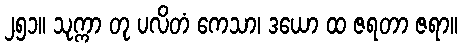
၂၅၁။ သုက္ကာ တု ပလိတံ ကေသာ၊ ဒယော ထ ဇရတာ ဇရာ။